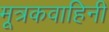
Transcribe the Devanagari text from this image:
मूत्रकवाहिनी